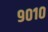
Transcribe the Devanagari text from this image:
९०१०